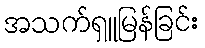
အသက်ရှူမြန်ခြင်း